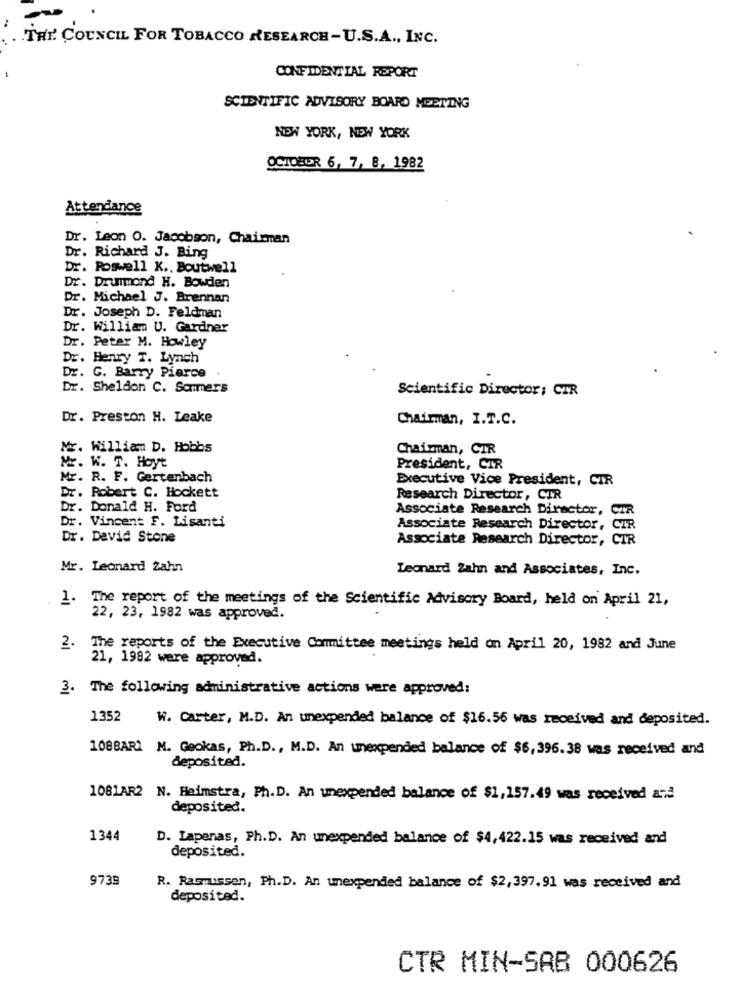
THE. COUNCIL FOR TOBACCO RESEARCH-U.S.A ., INC.
CONFIDENTIAL REPORT
SCIENTIFIC ADVISORY BOARD MEETING
NEW YORK, NEW YORK
OCTOBER 6, 7, 8, 1982
Attendance
Dr. Leon O. Jacobson, Chairman
Dr. Richard J. Bing
Dr. Roswell K ., Boutwell
Dr. Drummond H. Bowden
Dr. Michael J. Brennan
Dr. Joseph D. Feldman
Dr. William U. Gardner
Dr. Peter M. Howley
Dr. Henry T. Lynch
Dr. G. Barry Pierce
Dr. Sheldon C. Sommers
Scientific Director: CTR
Dr. Preston H. Leake
Chairman, I.T.C.
Mr. William D. Hobbs
Chairman, CIR
Mr. W. T. Hoyt
President, CIR
Mr. R. F. Gertenbach
Executive Vice President, CIR
Dr. Robert C. Hockett
Research Director, CIR
Dr. Donald H. Ford
Associate Research Director,
CTR
Dr. Vincent F. Lisanti
Associate Research Director, CIR
Dr. David Stone
Associate Research Director, CIR
Mr. Leonard Zahn
Leonard Zahn and Associates, Inc.
1. The report of the meetings of the Scientific Advisory Board, held on April 21,
22, 23, 1982 was approved.
2.
The reports of the Executive Committee meetings held on April 20, 1982 and June
21, 1982 were approved.
3. The following administrative actions were approved:
1352
W. Carter, M.D. An unexpended balance of $16.56 was received and deposited.
108BAR1 M. Geokas, Ph.D ., M.D. An unexpended balance of $6,396.38 was received and
deposited.
1081AR2 N. Heimstra, Ph.D. An unexpended balance of $1,157.49 was received and
deposited.
1344
D. Lapenas, Ph.D. An unexpended balance of $4,422.15 was received and
deposited.
9739
R. Rasmussen, Ph.D. An unexpended balance of $2,397.91 was received and
deposited.
CTR MIN-SAB 000626